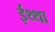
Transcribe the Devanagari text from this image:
ईथ्था